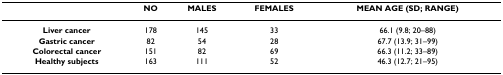
|  | NO | MALES | FEMALES | MEAN AGE (SD; RANGE) |
 | --- | --- | --- | --- | --- |
 | Liver cancer | 178 | 145 | 33 | 66.1 (9.8; 20–88) |
 | Gastric cancer | 82 | 54 | 28 | 67.7 (13.9; 31–99) |
 | Colorectal cancer | 151 | 82 | 69 | 66.3 (11.2; 33–89) |
 | Healthy subjects | 163 | 111 | 52 | 46.3 (12.7; 21–95) |